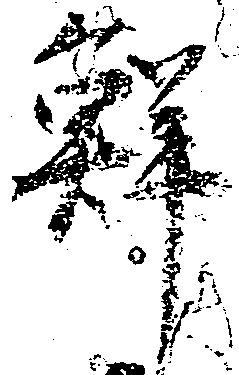
鮮